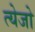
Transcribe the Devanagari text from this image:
त्येजो